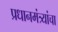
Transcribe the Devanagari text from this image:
प्रधानमंत्र्यांचा